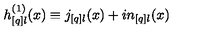
h _ { [ q ] l } ^ { ( 1 ) } ( x ) \equiv j _ { [ q ] l } ( x ) + i n _ { [ q ] l } ( x )